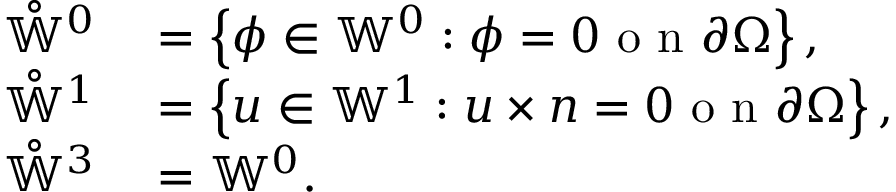
\begin{array} { r l } { \mathring { \mathbb { W } } ^ { 0 } } & { { } = \left\{ \phi \in \mathbb { W } ^ { 0 } : \phi = 0 \mathrm { ~ o ~ n ~ } \partial \Omega \right\} , } \\ { \mathring { \mathbb { W } } ^ { 1 } } & { { } = \left\{ u \in \mathbb { W } ^ { 1 } : u \times n = 0 \mathrm { ~ o ~ n ~ } \partial \Omega \right\} , } \\ { \mathring { \mathbb { W } } ^ { 3 } } & { { } = \mathbb { W } ^ { 0 } . } \end{array}